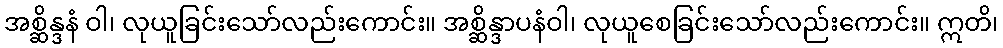
အစ္ဆိန္ဒနံ ဝါ၊ လုယူခြင်းသော်လည်းကောင်း။ အစ္ဆိန္ဒာပနံဝါ၊ လုယူစေခြင်းသော်လည်းကောင်း။ ဣတိ၊